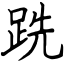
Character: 跣